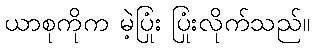
ယာစုကိုက မဲ့ပြုံး ပြုံးလိုက်သည်။